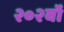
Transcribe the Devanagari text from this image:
२०२वॉ